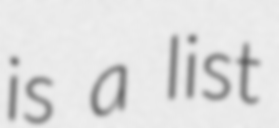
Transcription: is a list